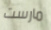
مارست